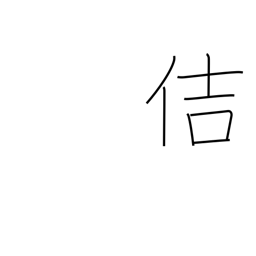
Meaning: healthy